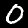
Digit: 0